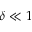
\delta \ll 1